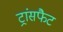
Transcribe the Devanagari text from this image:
ट्रांसफैट